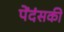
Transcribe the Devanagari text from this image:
पेंदंसकी